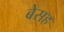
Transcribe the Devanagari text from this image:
बेसह